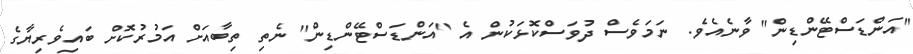
''އަންޑަސްޓޭންޑިން'' ވާނެއެވެ. ނަމަވެސް ދުވަސްކޮޅަކުން އެ ''އަންޑަސްޓޭންޑިން'' ނެތި ތިބާއަށް އަމުރުކޮށް ބައިވެރިޔާގެ